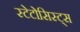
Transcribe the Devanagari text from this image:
स्टेटोसिस्ट्स